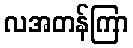
လအတန်ကြာ